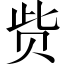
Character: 赀